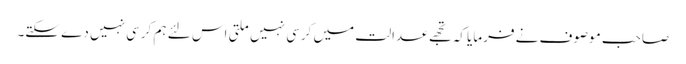
صاحب موصوف نے فرمایا کہ تجھے عدالت میں کرسی نہیں ملتی اس لئے ہم کرسی نہیں دے سکتے۔